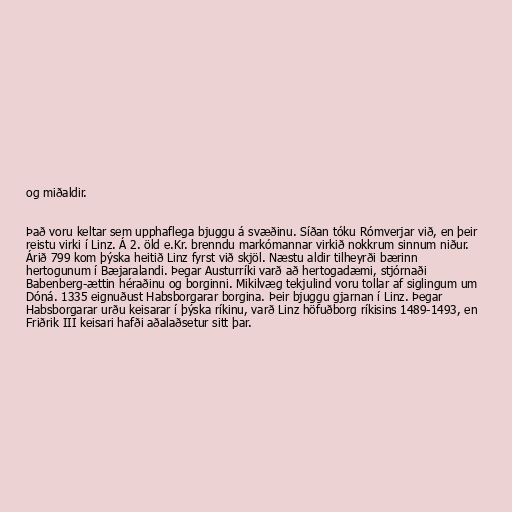
og miðaldir.

Það voru keltar sem upphaflega bjuggu á svæðinu. Síðan tóku Rómverjar við, en þeir
reistu virki í Linz. Á 2. öld e.Kr. brenndu markómannar virkið nokkrum sinnum niður.
Árið 799 kom þýska heitið Linz fyrst við skjöl. Næstu aldir tilheyrði bærinn
hertogunum í Bæjaralandi. Þegar Austurríki varð að hertogadæmi, stjórnaði
Babenberg-ættin héraðinu og borginni. Mikilvæg tekjulind voru tollar af siglingum um
Dóná. 1335 eignuðust Habsborgarar borgina. Þeir bjuggu gjarnan í Linz. Þegar
Habsborgarar urðu keisarar í þýska ríkinu, varð Linz höfuðborg ríkisins 1489-1493, en
Friðrik III keisari hafði aðalaðsetur sitt þar.